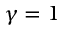
\gamma = 1